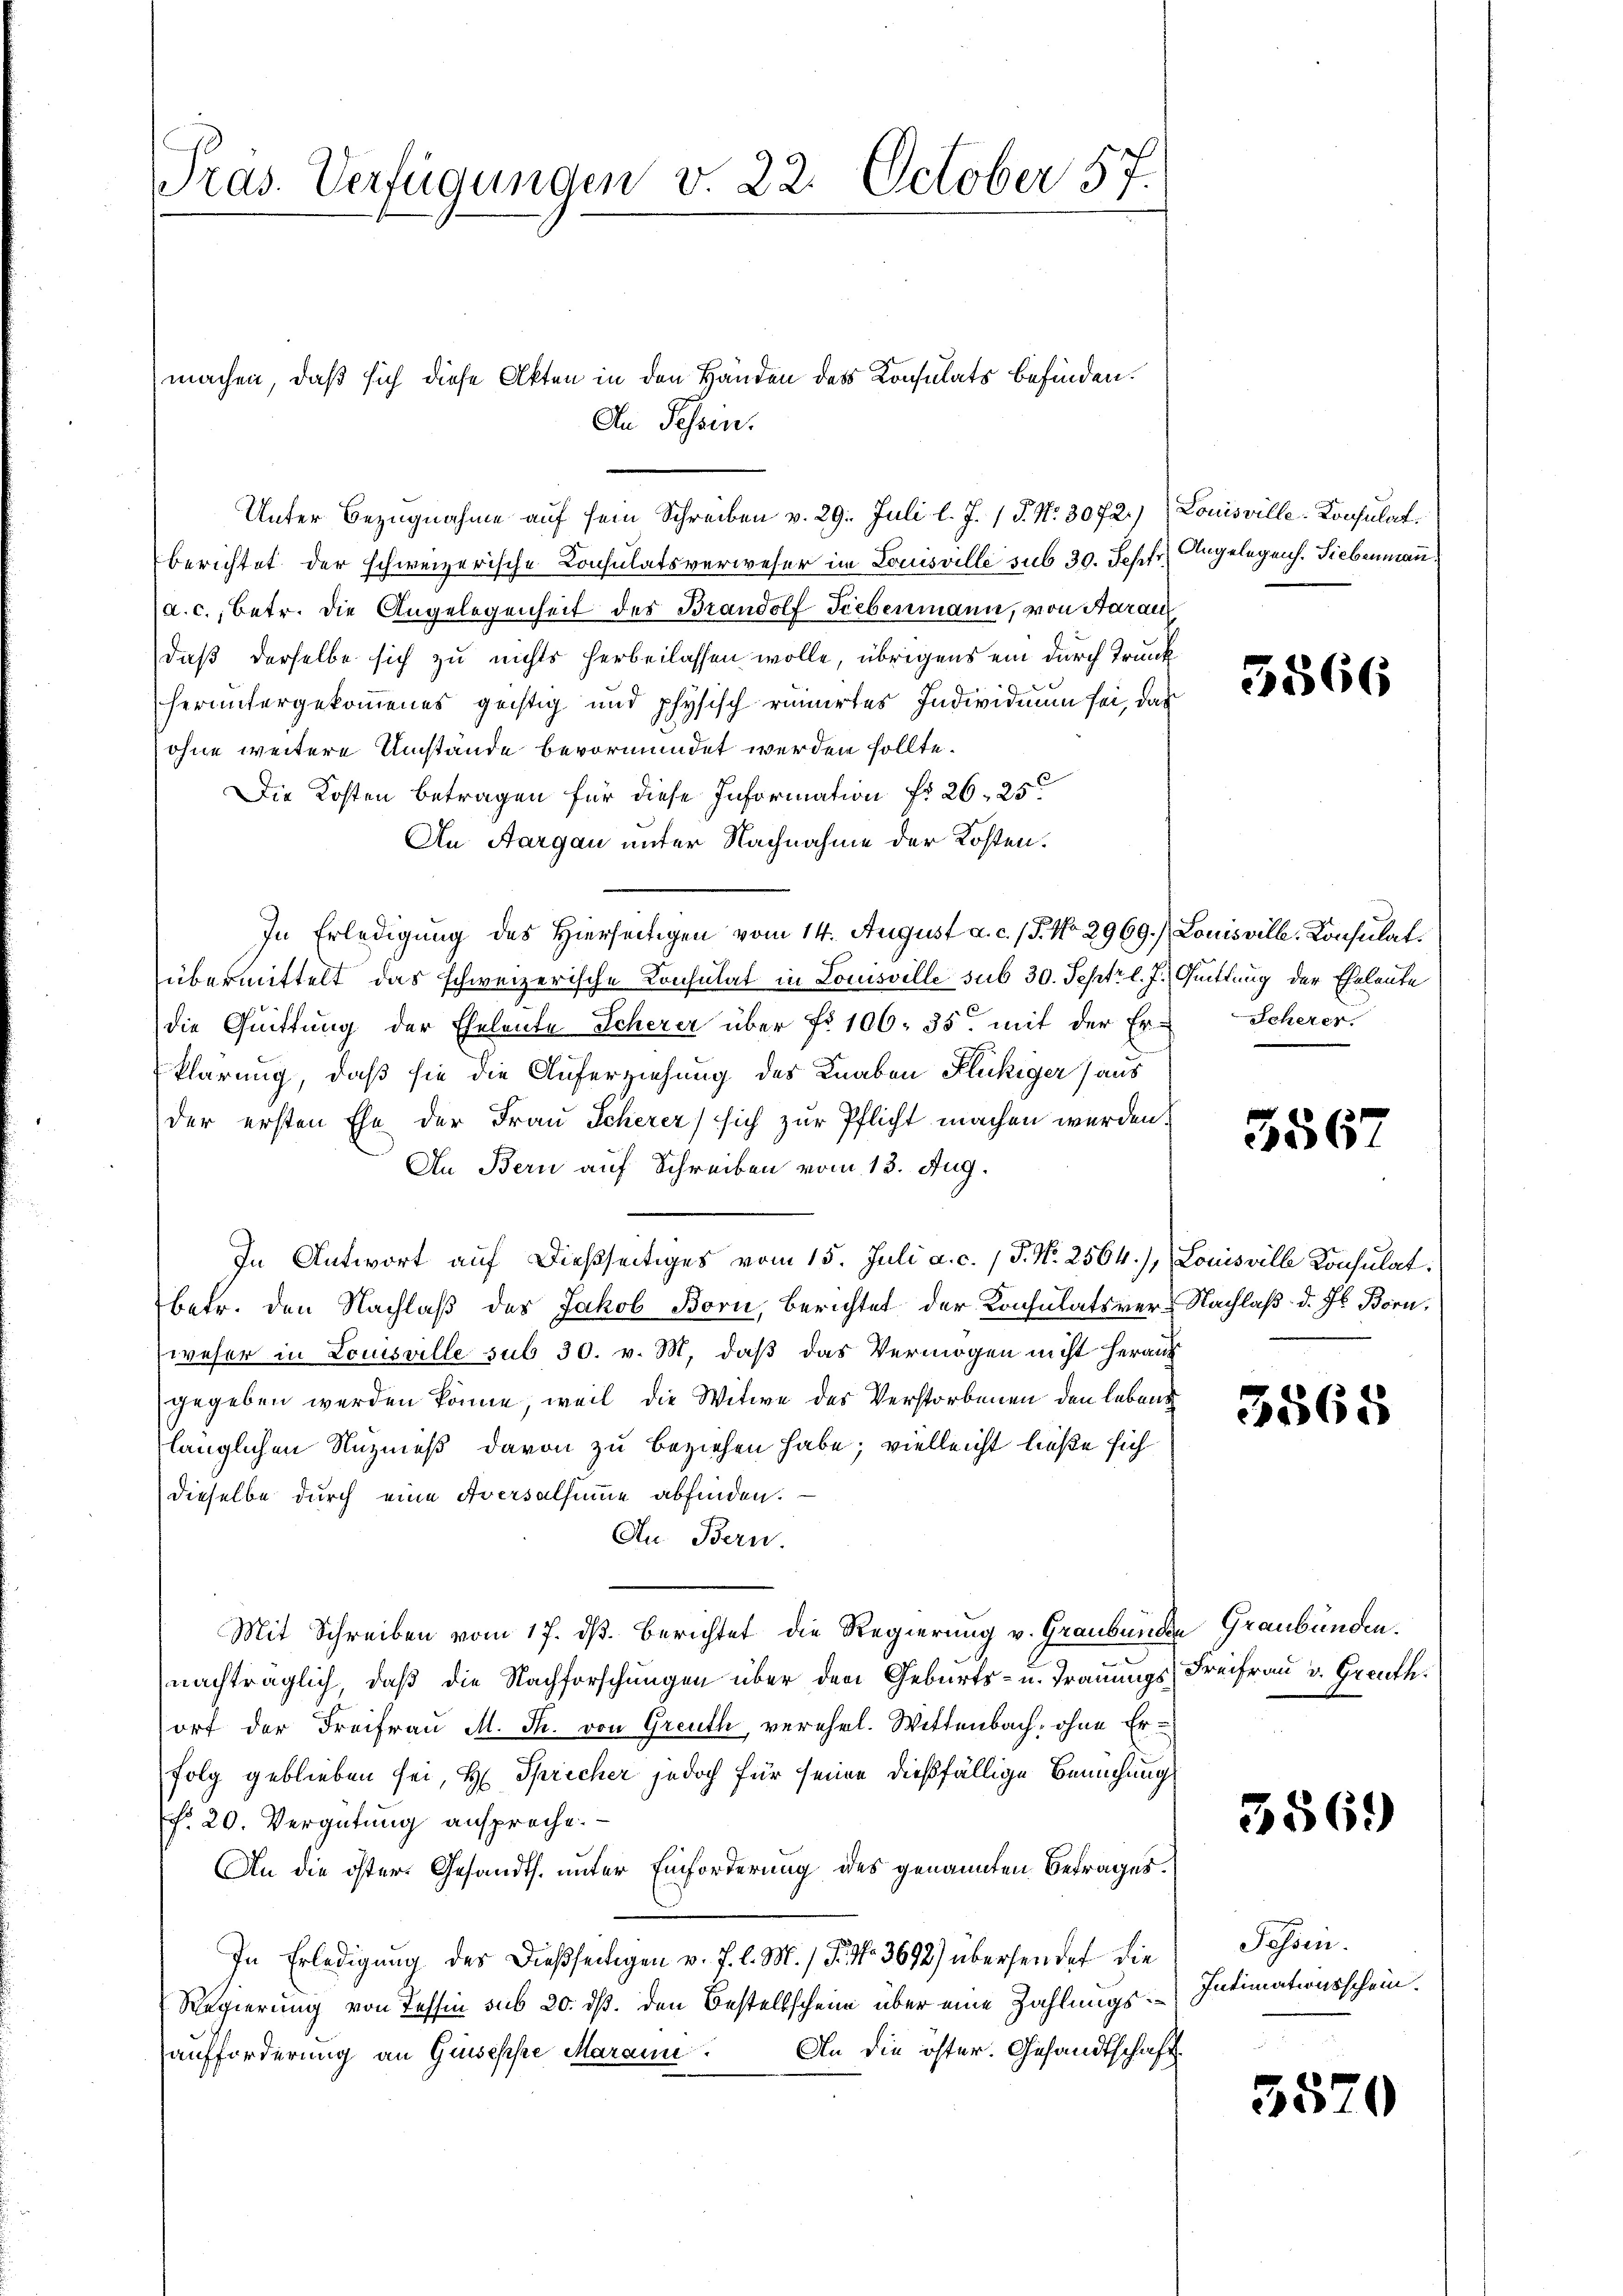
Präs. Verfügungen v. 22. October 57.

machen, daß sich diese Akten in den Händen des Konsulats befinden.
In Tessin.
Unter Bezugnahme auf sein Schreiben v. 29. Juli l. J. (T. N. 3072.) Louisville-Konsulat
berichtet der schweizerische Consulatsverweser im Louisville sub 30. Sepfr. Angelegens. Liebenmann
(a. c., betr. die Angelegenheit des Brandolf Liebenmann, von Aarau
daß derselbe sich zu nichts herbeilassen wolle, übrigens ein durch Trunk
heruntergekommenes geistig und physisch rumirtes Individuum sei, das
ohne weitere Umstände bevormundet werden sollte.
Die Kosten betragen für diese Information f. 26, 25
An Aargau unter Nachnahme der Kosten.
In Erledigung des Hierseitigen vom 14. August a. c. (T. No 2969.) Louisvill. Konsulatübermittelt das schweizerische Konsulat in Louisville sub 30. Sept. l. J. Quittung der Eheleute
die Quittung der Eheleute Scherer über fr. 106. 35 mit der Er-Scherer.
klärung, daß sie die Auferziehung des Knaben Flückiger aus
der ersten Ehe der Frau Scherer sich zur Pflicht machen werden.
An Bern auf Schreiben vom 13. Aug.
In Antwort auf dießseitiges vom 15. Juli a. c. 1 P. Nr. 2564), Louisville Konsulat
betr. den Nachlaß des Jakob Born, berichtet der Konsulatsver-Nachlaß d. Js. Born,
weser in Louisville sub 30. v. M. daß das Vermögen nicht heraus
gegeben werden könne, weil die Witwe des Verstorbenen den lebens
länglichen Nuzmeß davon zu beziehen habe; vielleicht ließe sich
dieselbe durch eine Aversalsumme abfinden.
An Bern.
Mit Schreiben vom 17. dß. Berichtet die Regierung v. Graubünden Graubünden.
nachträglich, daß die Nachforschungen über den Geburts- u. Trauungs Freifrau v. Greuth.
ort der Freifrau M. Th. von Greuth, verehel. Wittenbach, ohne Erfolg geblieben sei, H. Spricher jedoch für seine dießfällige Bemühung
f. 20. Vergütung ansprache.
An die öster Gesandts. unter Einforderung des genannten Betrages.
In Erledigung des dießseitigen v. J. l. M. / 5. No 3692) übersendet die
Regierung von Tessin sub 20. ds. den Bestellscheine über eine Zahlungs¬
An die öster. Gesandtschaft
aufforderung an Guisesse Marann

5566

3567

3565

3569

Schöni
Intimationsschein.

5520